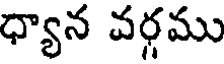
ధ్యాన వర్గము